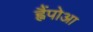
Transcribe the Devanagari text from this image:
ह्वैंपोआ